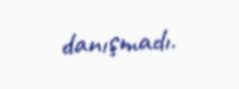
danışmadı.